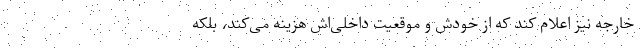
خارجه نیز اعلام کند که از خودش و موقعیت داخلی‌اش هزینه می‌کند، بلکه